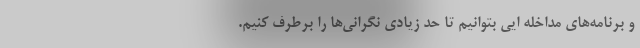
و برنامه‌های مداخله ایی بتوانیم تا حد زیادی نگرانی‌ها را برطرف کنیم.